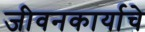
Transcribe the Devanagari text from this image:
जीवनकार्याचे